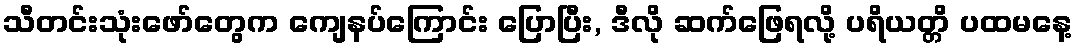
သီတင်းသုံးဖော်တွေက ကျေနပ်ကြောင်း ပြောပြီး, ဒီလို ဆက်ဖြေရလို့ ပရိယတ္တိ ပထမနေ့